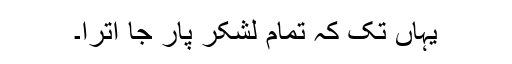
یہاں تک کہ تمام لشکر پار جا اترا۔